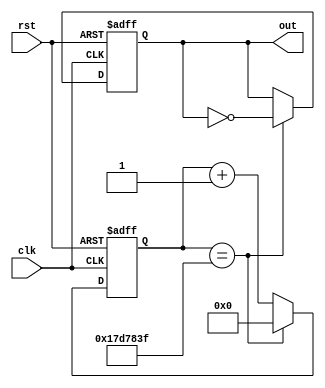
module ClkDivider(out, clk, rst);
output out;
input clk, rst;
reg out;
reg [27:0] counter;
always @(posedge clk, negedge rst)
begin
if(!rst)
begin out <= 0;counter <= 0; end
else if (counter == 28'h17D783F) //25M1, the counter starts from 0(zero)
begin out <= !out; counter <= 0; end
else
counter <= counter + 1;
end
endmodule